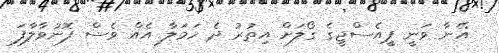
އޭނާ ވަނީ ޕީއެސްޖީގެ ގޯލަށް އިތުރު ދެ ހަމަލާ އެއް ވެސް ފޮނުވާލާފަ